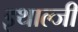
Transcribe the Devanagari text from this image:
इथाल्जी